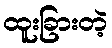
ထူးခြားတဲ့